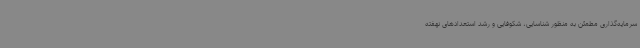
سرمایه‌گذاری مطمئن به منظور شناسایی، شکوفایی و رشد استعدادهای نهفته